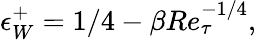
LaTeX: \epsilon_{W}^{+}=1/4-\beta Re_{\tau}^{-1/4},